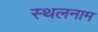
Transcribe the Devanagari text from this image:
स्थलनाम